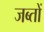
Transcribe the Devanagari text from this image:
जब्तों